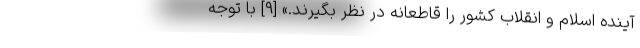
آیندهٔ اسلام و انقلاب کشور را قاطعانه در نظر بگیرند.» [۹] با توجه